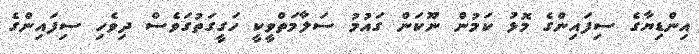
އިންޑިޔާގެ ސިފައިންގެ މޮޅު ކަމުން ނޫކަން ގައުމު ސަލާމަތްވީކީ ހަގީގަތުގަވެސް ދިވެހި ސިފައިންގެ